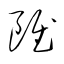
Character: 雖